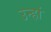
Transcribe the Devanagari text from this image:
उन्हां